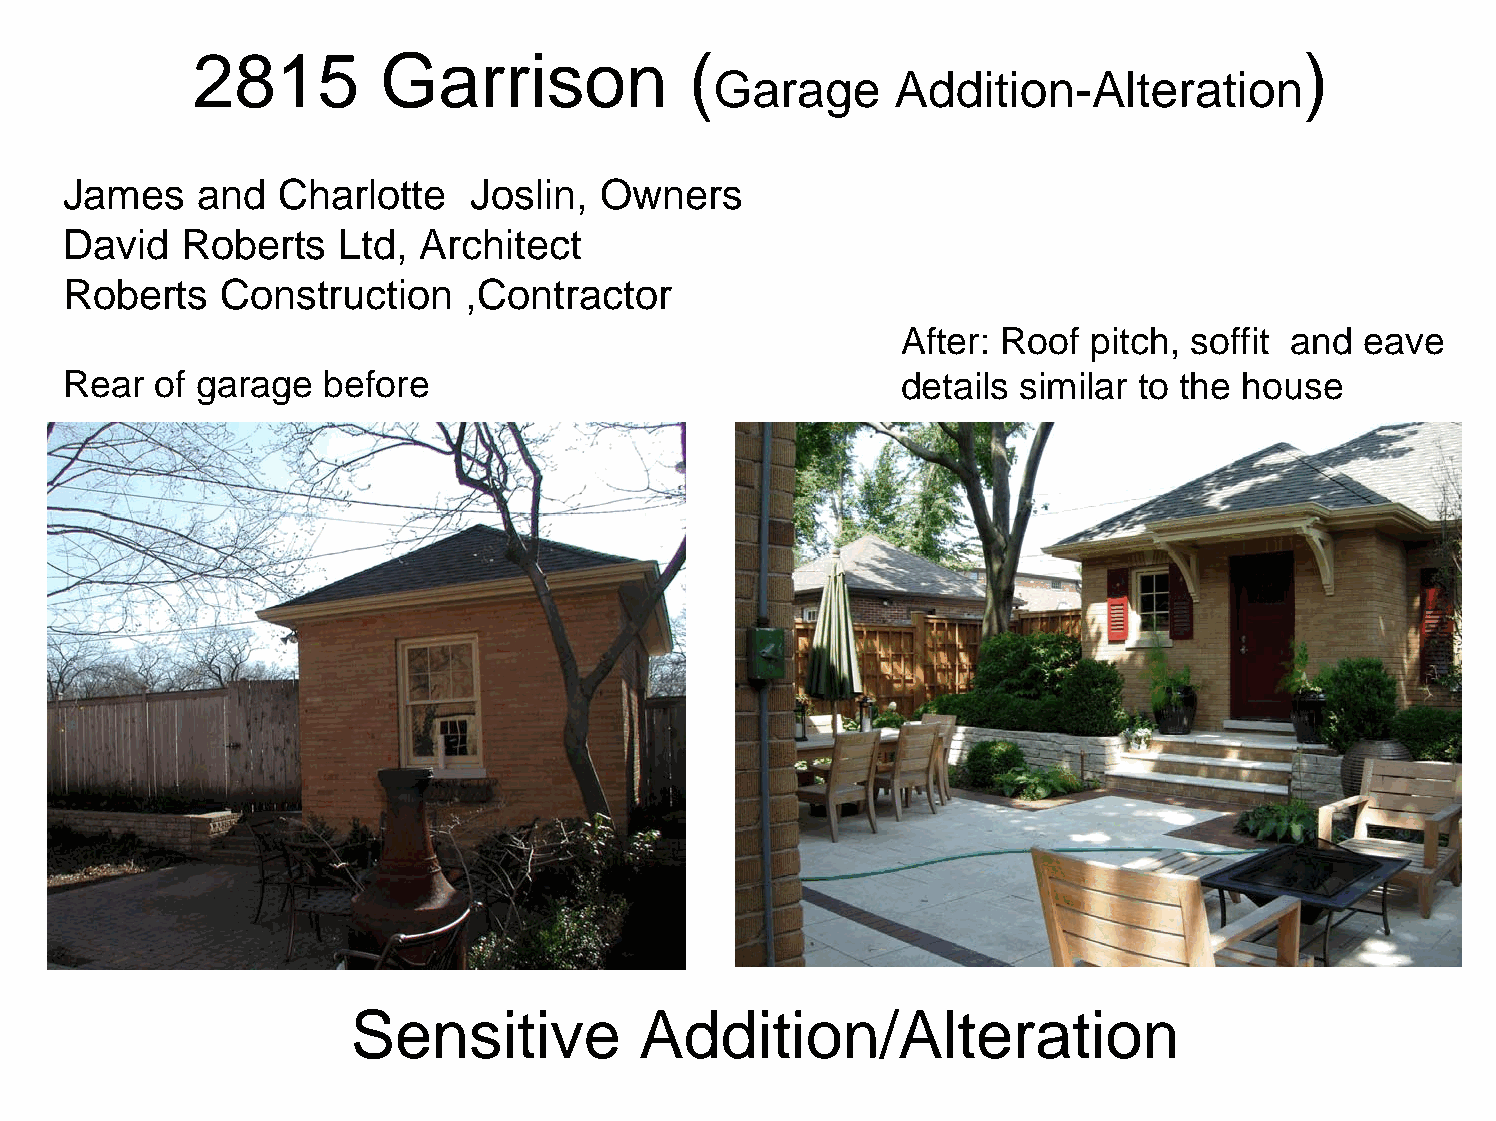
2815        Garrison             (                                       )
 Garage      Addition-Alteration
 James    and   Charlotte   Joslin,  Owners
 David   Roberts    Ltd, Architect
 Roberts    Construction    ,Contractor
 After: Roof pitch, soffit and eave
 Rear  of garage   before                                details similar to the house
 Sensitive          Addition/Alteration